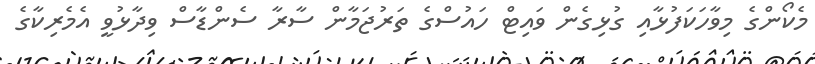
މެކޯންގެ މިވާހަކަފުޅާއި ގުޅިގެން ވައިޓް ހައުސްގެ ތަރުޖަމާން ސާރާ ސެންޑާސް ވިދާޅުވީ އެމެރިކާގެ